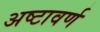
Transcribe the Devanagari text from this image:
अष्टावर्ण